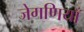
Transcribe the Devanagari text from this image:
जेगणियाँ